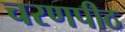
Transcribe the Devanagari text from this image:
चरणपीठ